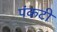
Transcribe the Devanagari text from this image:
पंकटी